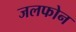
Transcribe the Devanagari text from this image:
जलफोन